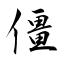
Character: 僵